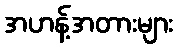
အဟန့်အတားများ